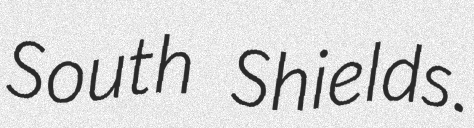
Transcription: South Shields.